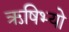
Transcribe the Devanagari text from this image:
ऋषिभ्यो